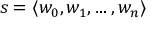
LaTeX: s = \langle w _ { 0 } , w _ { 1 } , \dots , w _ { n } \rangle